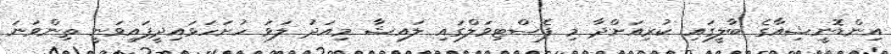
އިންޑޮނީޝިއާގެ ބާލީގައި ކުރިއަށްދާ މި ފެސްޓިވަލްގައި ލައިޝާ މިއަދު ލަވަ ހުށަހަޅައިދީފައިވަނީ ތިންވަނަ